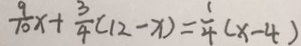
\frac { 9 } { 1 0 } x + \frac { 3 } { 4 } ( 1 2 - x ) = \frac { 1 } { 4 } ( x - 4 )